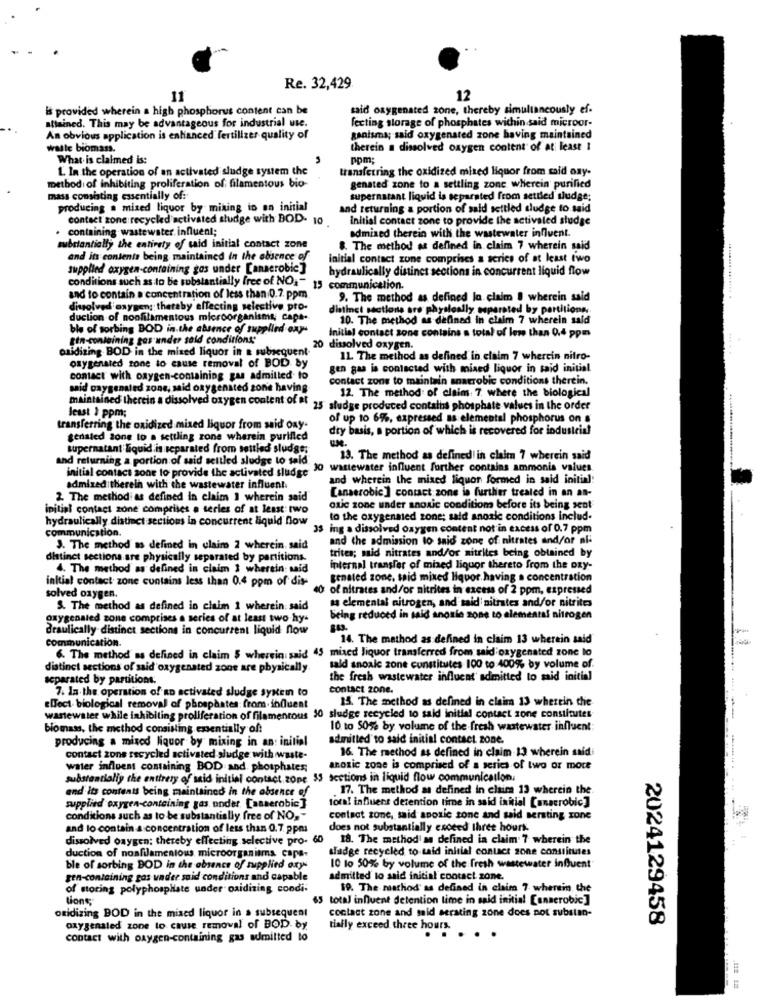
Re. 32,429.
11
12
is provided wherein a high phosphorus content can be
said oxygenated zone, thereby simultaneously ef-
attained. This may be advantageous for industrial use.
lecting storage of phosphates within said microor-
An obvious application is enhanced fertilizer quality of
ganismy; said oxygenated zone having maintained
waste biomass.
therein a dissolved oxygen content of at least I
What is claimed is:
pom;
L. In the operation of an activated sludge system the
transferring the oxidized mixed liquor from said ony.
method of inhibiting proliferation of filamentous bio-
genated zone to a settling zone wherein purified
mass consisting essentially of:
supernatant liquid is separated from settled sludge;
producing a mixed liquor by miking in on initial
and returning a portion of said settled sludge to said
contact zone recycled activated sludge with BOD- 10
Initial contact zone to provide the activated sludge
containing wastewater influent;
admised therein with the wastewater influent.
substantially the entirety of said initial contact zone
8. The method as defined in claim 7 wherein said
and its contents being maintained In the absence of
initial contact zone comprises a series of at least two
supplied oxygen-containing gas under [anaerobic]
hydraulically distinct sections in concurrent liquid flow
conditions such as to be substantially free of NO:" 15 communication.
and to contain a concentration of less than 0.7. ppm
9. The method as defined lo claim . wherein said
dissolved oxygen; thereby affecting selective pro-
distinct sections are physically esparated by partitions
duction of noofilamentous microorganism
reanisma; capa-
10. The method as defined in claim 7 wherein sald
ble of sorbing BOD in the absence of supplied oxy-
Initial contact sons contains a total of lem than 0.4 ppm
tin-containing gas under said conditions;
oxidizing BOD in the mixed liquor in a subsequent-
20 dissolved oxygen.
11. The method as defined in claim 7 wherein nitro-
oxygenated zone to cause removal of BOD by
gen gas is contacted with mixed liquor in said initial
contact with oxygen-containing gas admitted to
contact zone to maintain anaerobic conditions therein.
said caygenated zone, said oxygenated zone having
12. The method: of claim: 7 where the biological
maintained therein a dissolved oxygen content of at
25 sludge produced contains phosphate values in the order
least } ppm;
of up 10 6%, expressed as elemental phosphorus on &
transferring the oxidized mixed liquor from said ony-
dry basis, a portion of which is recovered for industrial
genated zone to a settling zone wherein purified
supernatant liquid is separated from settled sludge:
and returning a portion of said settled sludge to said
13. The method as defined in claim 7 wherein said
initial contact sone to provide the activated sludge
wastewater influent forther contains ammonia values
and wherein the mixed liquor formed in said initial:
admired:therein with the wastewater influent.
[anaerobic ] contact zone in further treated in an an-
2. The method as defined in claim 1 wherein said
initial contact zone comprises a series of at least two
oxic zone under anoxic condition before its being sent
hydraulically distinct sections in concurrent liquid flow
to the oxygenated zone; said anosle conditions includ.
communication.
35 ing a dissolved oxygen content not in excess of 0.7 ppm
and the admission to said zone of nitrates and/or ni-
3. The method as defined in claim 2 wherein. said
trites; mid nitrates and/or nitrites being obtained by
distinct sections are physically separated by partitions.
4. The method as defined in claim I wherein said
internal transfer of mixed liquor thereto from the oxy-
initial contact zone cuntains less than 0.4 ppm of dis-
genated zone. said mixed Hquot. having a concentration
40 of nitrates and/or nitrites in excess of 2 ppm, expressed
solved oxygen.
as elemental nitrogen, and said nitrates and/or nitrites
S. The method as defined in claim 1 wherein said
oxygensied zone comprises a series of at least two hy-
being reduced in said anonio zone to elemental nitrogen
Braulically distinct sections in concurrent liquid now
communication.
14. The method as defined in claim 13 wherein said
6. The method as defined in claim $ wherein; said 45 mixed liquor transferred from said oxygenated zone to
distinct sections of said oxygenated zone are physically
sald snoale zone constitutes 100 to 400%% by volume of.
separated by partitions:
the fresh wastewater influent admitted to said initial
7. In.the operation of an activated sludge syxein to
contact zone.
15. The method as defined in claim 13 wherein the
effect biological removal of phosphates: from.influent
wastewater while inhibiting proliferation of filamentous 10 sludge recycled to said initial contact zone constitutes
biomass, the method consisting essentially of:
10 to 50% by volume of the fresh wastewater influent:
producing a misod liquor by mixing in an: initial
admitted to said initial contact zone.
16. The method as defined in claim-13 wherein saidi
contact zone recycled activated sludge with waste-
water influent containing BOD and phosphates;
anoxic zone is comprised of a series of two or more
substantialiy the entirety of said initial contact zone 35 sections in liquid flow communication.
and its contents being maintained in the absence of
. 17. The method as defined in claim 13 wherein the
tora! influens detention time in said initial [anaerobic]
supplied oxygen-containing gas under [anaerobic]
conditions such as to be substantially free of NO ,-
contact zone, said anoxic zone and said sersting zone
and lo contain a concentration of less than 0.7. ppm
does not substantially croced three hours
dissolved oxygen: thereby effecting selective pro-
18. The method as defined in claim 7 wherein the
sladge recycled to said initial contact zone constitutes
duction of nosfilamentous microorganisms capa-
ble of sorbing DOD in the absence of supplied atys
10 to 50% by volume of the fresh wastewater influent"
gen-containing gos under said conditions and capable
admitted to said initial contact zone.
of storing polyphosphate under oxidizing condi-
19. The mathod' as defined in claim 7 wherein the
tions
65 total influent detention time in said initial [anaerobic]
oxidizing BOD in the mixed liquor in a subsequent
contact zone and said serating zone does not substan-
2024129458
oxygenated zone to cause removal of BOD. by
tially exceed three hours.
contact with oxygen-containing gas admitted to
:.